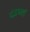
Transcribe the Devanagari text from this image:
दंडधर्ता